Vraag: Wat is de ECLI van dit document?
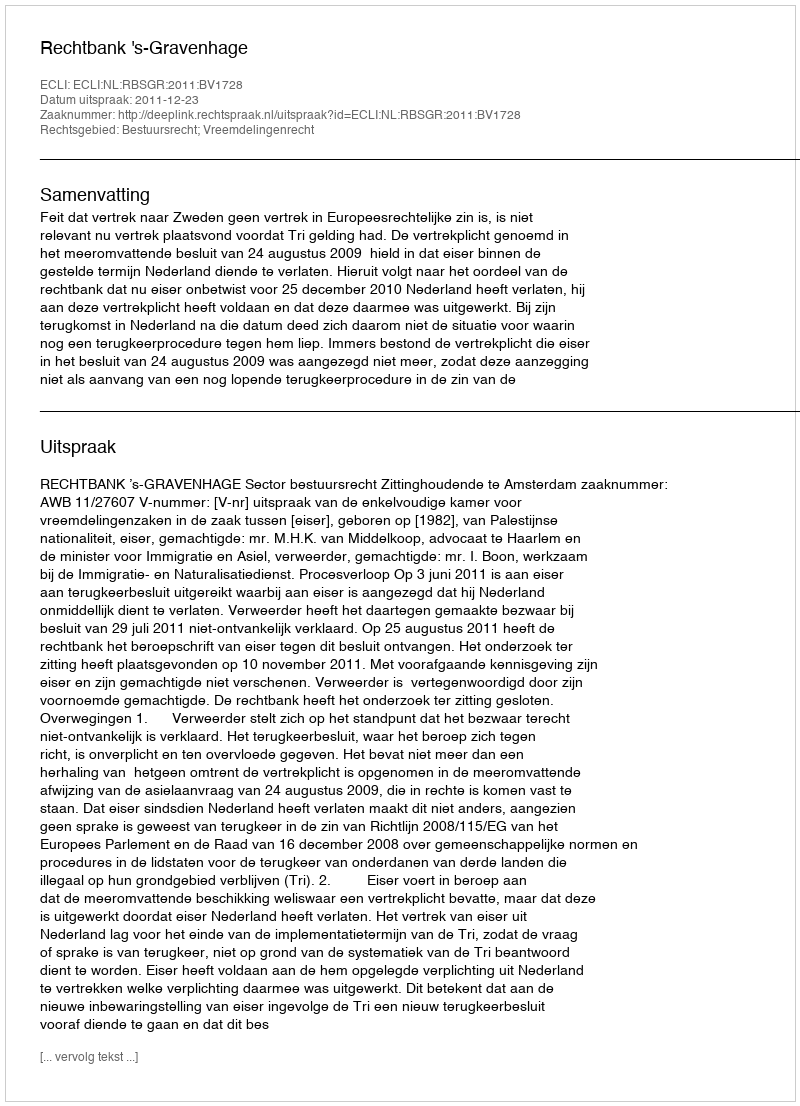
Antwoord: ECLI:NL:RBSGR:2011:BV1728